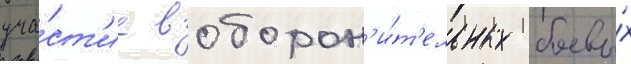
уча́ст'ие в оборон'и́т'ельных боевы́х